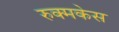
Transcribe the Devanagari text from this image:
रुक्मकेस